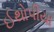
ઈથોપીયા